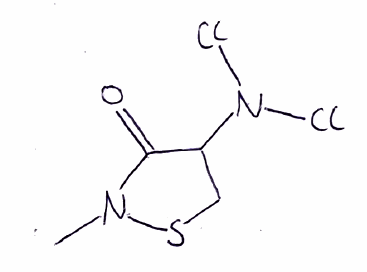
Simplified molecular-input line-entry system (SMILES) notation of the given molecule:
CN1C(=O)C(CS1)N(Cl)Cl